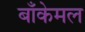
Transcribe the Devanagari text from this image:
बाँकेमल